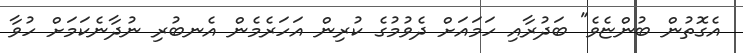
އެގޮތުން ބުންޏެވެ" ބަދުރާއި ހަމައަށް ދެވުމުގެ ކުރިން އަހަރެމެން އެނބުރި ނުދާނެކަމަށް ހުވާ